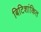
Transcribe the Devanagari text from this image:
बिटिशांकित